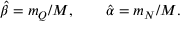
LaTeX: \hat { \beta } = m _ { Q } / M , \qquad \hat { \alpha } = m _ { N } / M .